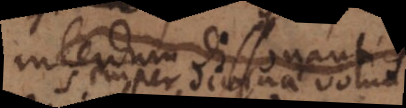
interdum dissonantiis